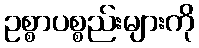
ဥစ္စာပစ္စည်းများကို